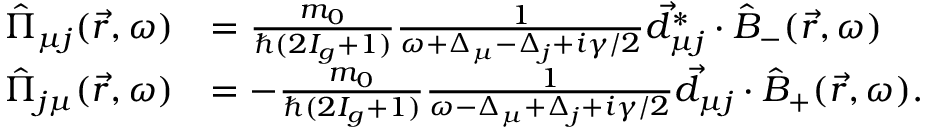
\begin{array} { r l } { \hat { \Pi } _ { \mu j } ( \vec { r } , \omega ) } & { = \frac { m _ { 0 } } { \hbar ( 2 I _ { g } + 1 ) } \frac { 1 } { \omega + \Delta _ { \mu } - \Delta _ { j } + i \gamma / 2 } \vec { d } _ { \mu j } ^ { * } \cdot \hat { B } _ { - } ( \vec { r } , \omega ) } \\ { \hat { \Pi } _ { j \mu } ( \vec { r } , \omega ) } & { = - \frac { m _ { 0 } } { \hbar ( 2 I _ { g } + 1 ) } \frac { 1 } { \omega - \Delta _ { \mu } + \Delta _ { j } + i \gamma / 2 } \vec { d } _ { \mu j } \cdot \hat { B } _ { + } ( \vec { r } , \omega ) . } \end{array}